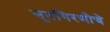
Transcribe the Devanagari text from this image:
सूतगिरणीचे